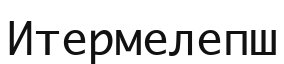
Итермелепш